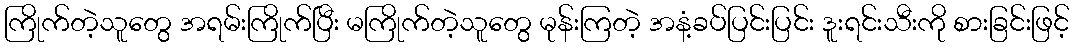
ကြိုက်တဲ့သူတွေ အရမ်းကြိုက်ပြီး မကြိုက်တဲ့သူတွေ မုန်းကြတဲ့ အနံ့ခပ်ပြင်းပြင်း ဒူးရင်းသီးကို စားခြင်းဖြင့်